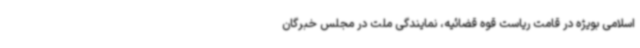
اسلامی بویژه در قامت ریاست قوه قضائیه، نمایندگی ملت در مجلس خبرگان